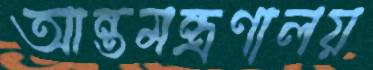
আন্তমন্ত্রণালয়